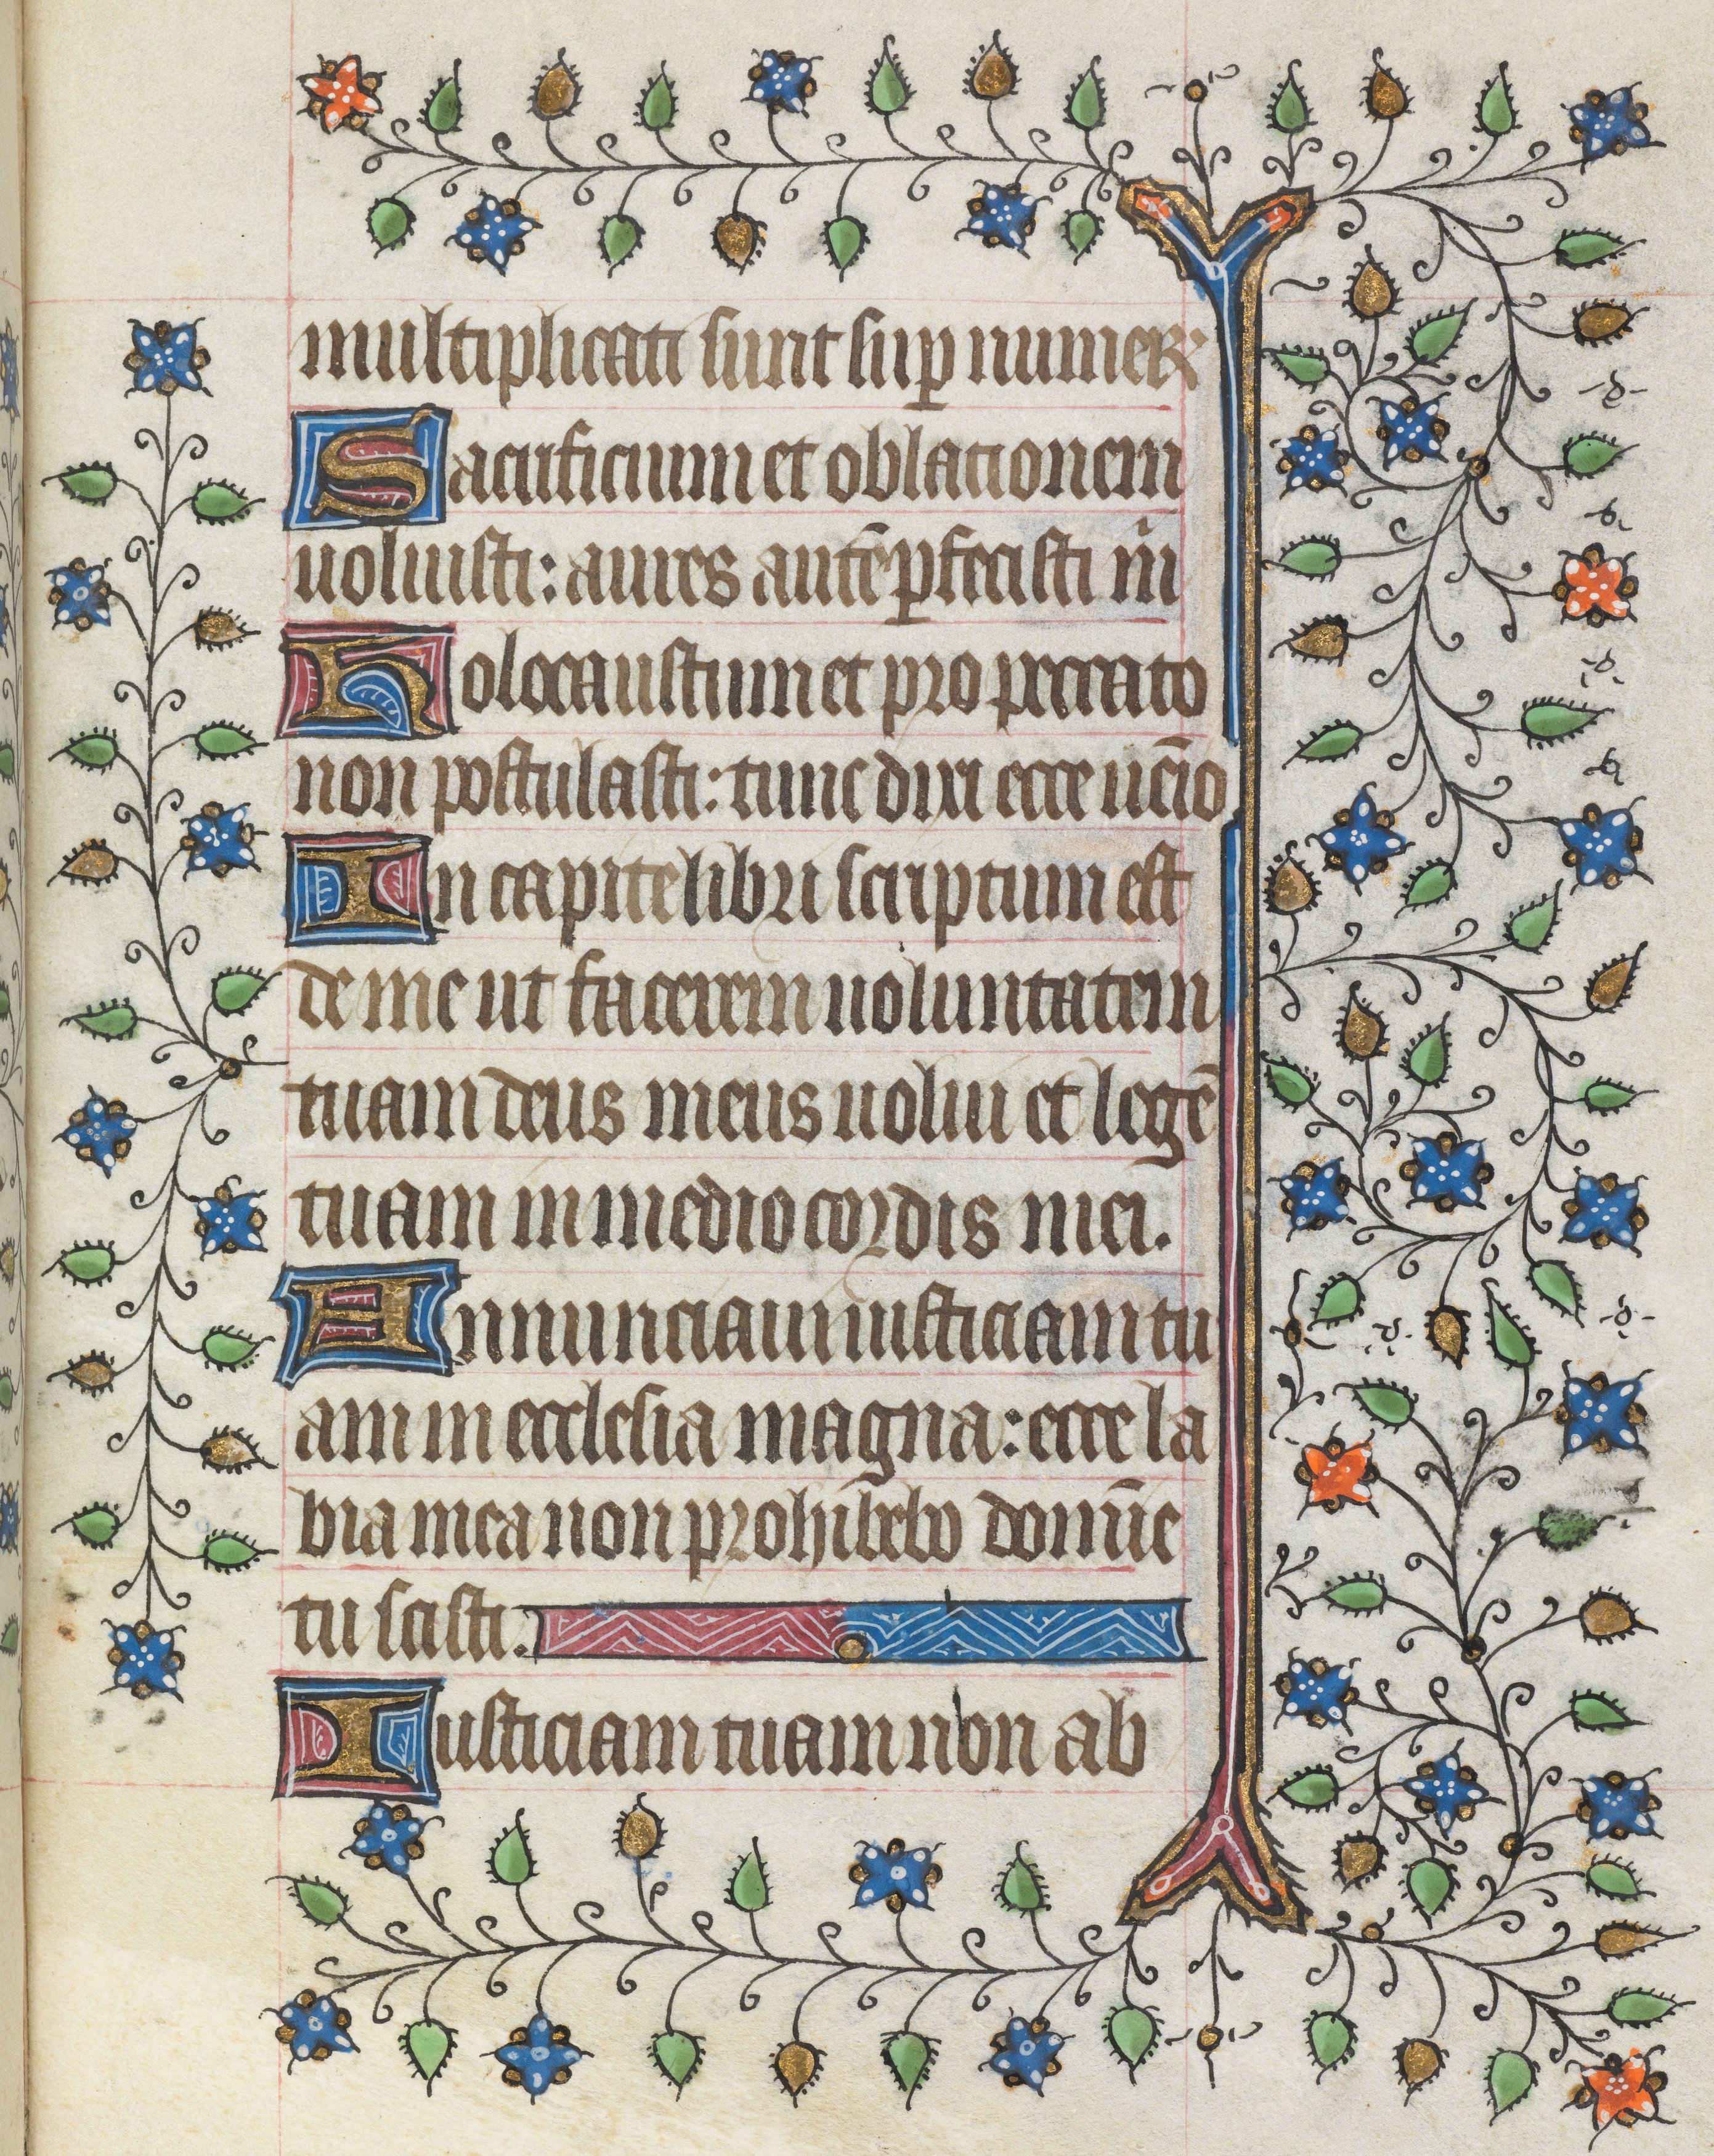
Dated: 1421–1421